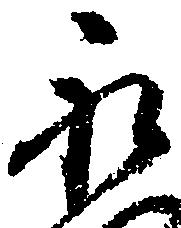
永